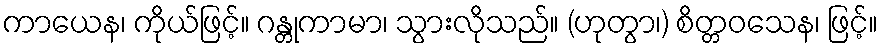
ကာယေန၊ ကိုယ်ဖြင့်။ ဂန္တုကာမာ၊ သွားလိုသည်။ (ဟုတွာ၊) စိတ္တဝသေန၊ ဖြင့်။